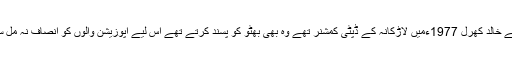
رائے خالد کھرل 1977ءمیں لاڑکانہ کے ڈپٹی کمشنر تھے وہ بھی بھٹو کو پسند کرتے تھے اس لیے اپوزیشن والوں کو انصاف نہ مل سکا۔